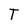
Character: T